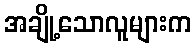
အချို့သောလူများက